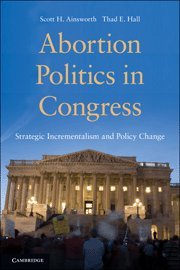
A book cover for Abortion Politics in Congress: Strategic Incrementalism and Policy Change; Scott H. Ainsworth; Law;